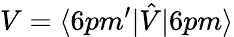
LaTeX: V=\langle 6pm^{\prime}|\hat{V}|6pm\rangle